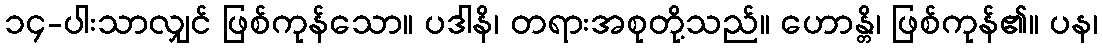
၁၄-ပါးသာလျှင် ဖြစ်ကုန်သော။ ပဒါနိ၊ တရားအစုတို့သည်။ ဟောန္တိ၊ ဖြစ်ကုန်၏။ ပန၊